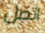
اتصل